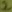
Text: 2